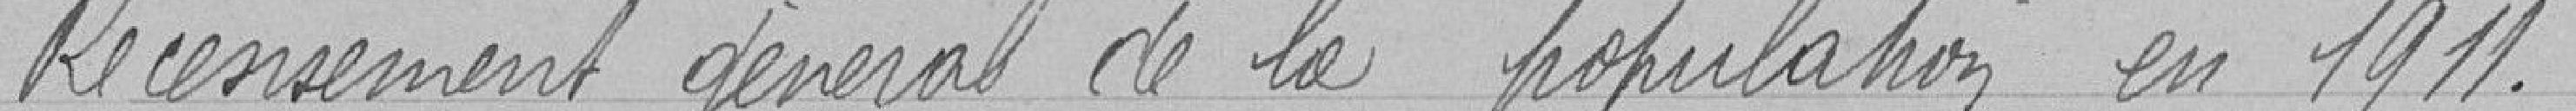
Recensement général de la population en 1911